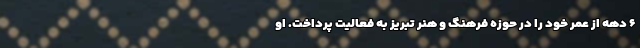
۶ دهه از عمر خود را در حوزه فرهنگ و هنر تبریز به فعالیت پرداخت. او